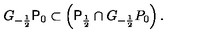
G _ { - \frac { 1 } { 2 } } \mathrm { \sf P } _ { 0 } \subset \left( \mathrm { \sf P } _ { \frac { 1 } { 2 } } \cap G _ { - \frac { 1 } { 2 } } P _ { 0 } \right) .